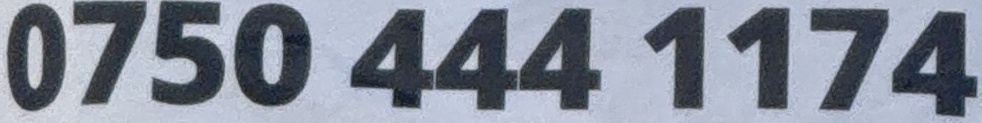
0750 444 1174